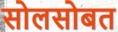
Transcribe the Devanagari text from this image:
सोलसोबत